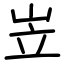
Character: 岦